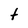
Character: t